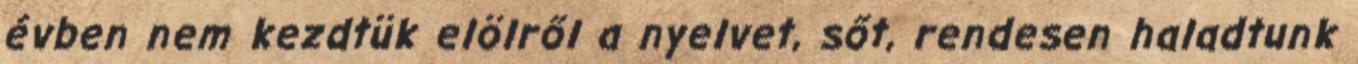
évben nem kezdtük elölről a nyelvet, sőt, rendesen haladtunk